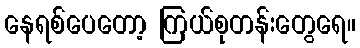
နေရစ်ပေတော့ ကြယ်စုတန်းတွေရေ။